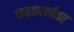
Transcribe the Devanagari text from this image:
सहकार्यावर